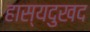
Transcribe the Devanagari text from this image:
हास्यदुखद